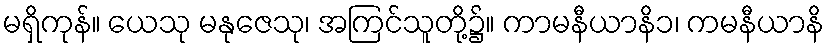
မရှိကုန်။ ယေသု မနုဇေသု၊ အကြင်သူတို့၌။ ကာမနီယာနိ၁၊ ကမနီယာနိ